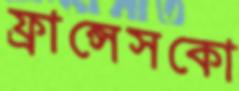
ফ্রান্সেসকো